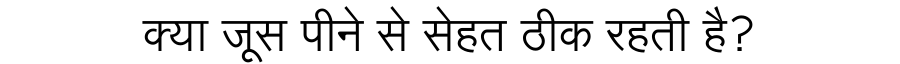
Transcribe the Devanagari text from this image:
क्या जूस पीने से सेहत ठीक रहती है?